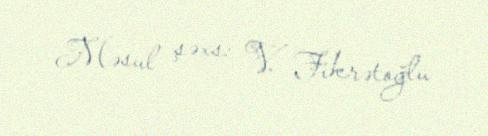
Məsul şəxs: V. Fikrətoğlu